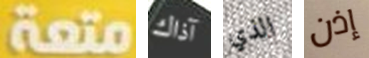
متعة آذاك الذي إذن